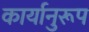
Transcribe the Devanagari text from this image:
कार्यानुरूप